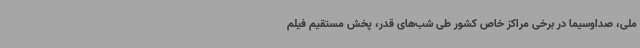
ملی، صداوسیما در برخی مراکز خاص کشور طی شب‌های قدر، پخش مستقیم فیلم